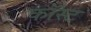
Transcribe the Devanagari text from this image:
कॉस्‍ट